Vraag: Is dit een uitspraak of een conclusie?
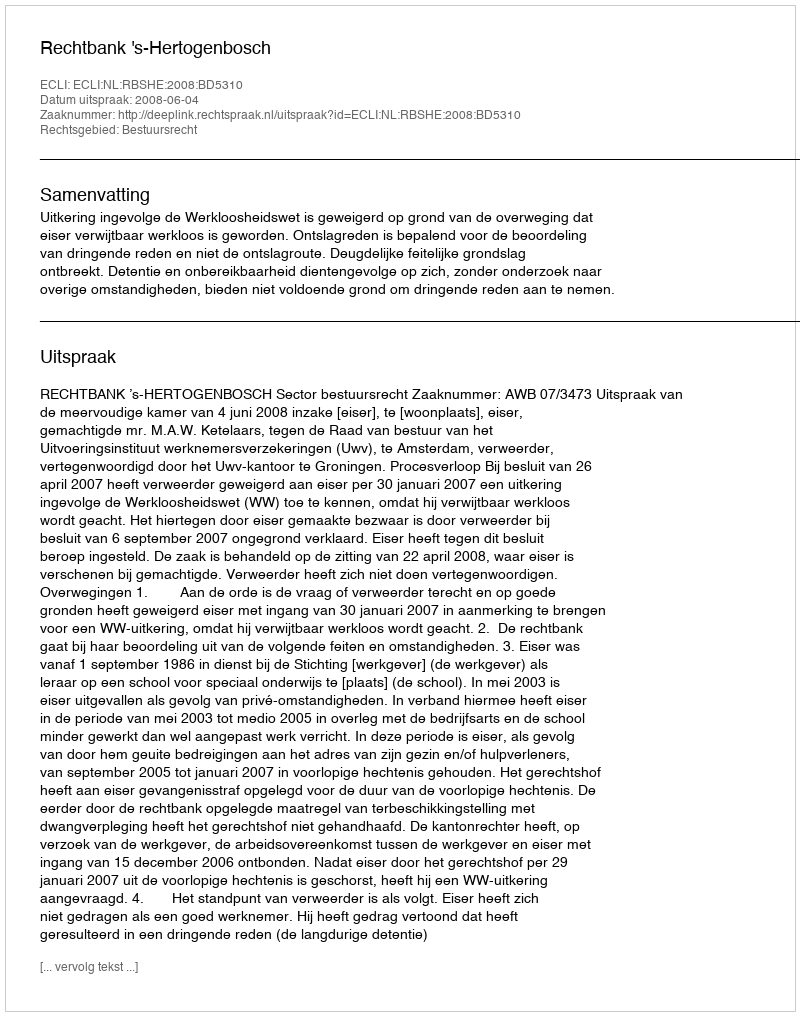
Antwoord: Uitspraak